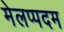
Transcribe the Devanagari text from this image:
मेलप्पदम